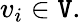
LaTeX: v_{i}\in\mathtt{V}.